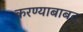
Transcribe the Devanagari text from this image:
करण्याबाबद